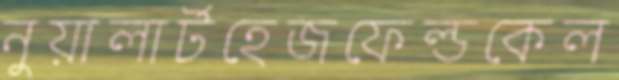
নুয়ালার্টহেজফেল্ডকেল